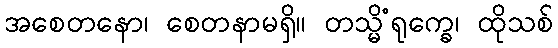
အစေတနော၊ စေတနာမရှိ။ တသ္မိံရုက္ခေ၊ ထိုသစ်